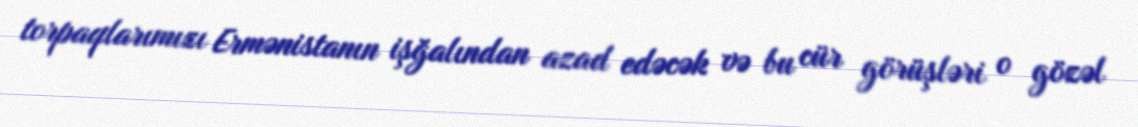
torpaqlarımızı Ermənistanın işğalından azad edəcək və bu cür görüşləri o gözəl